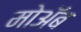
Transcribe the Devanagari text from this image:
मोअॅब